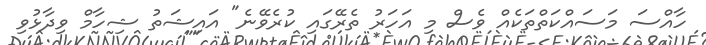
ހާއްސަ މަސައްކަތްތަކެއް ވެސް މި އަހަރު ތެރޭގައި ކުރެވޭނެ" އައިޝަތު ޝިހާމް ވިދާޅުވި